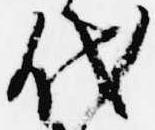
代